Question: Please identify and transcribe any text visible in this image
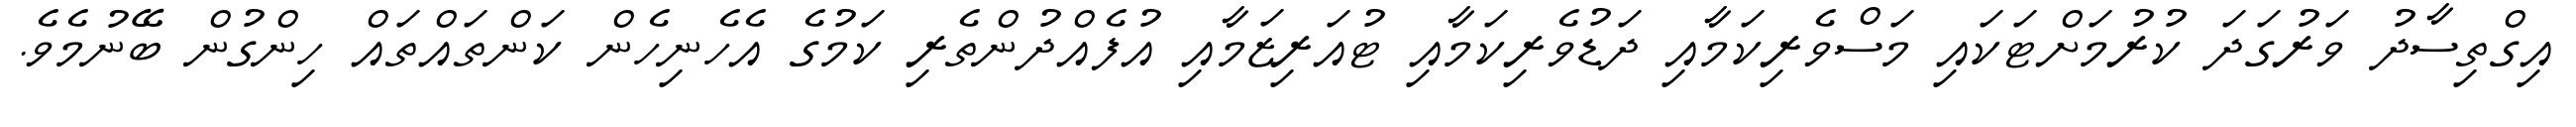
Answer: އިގްތިސާދު ވަރުގަދަ ކުރުމަށްޓަކައި މަސްވެރިކަމާއި ދަޑުވެރިކަމާއި ޓުއަރިޒަމާއި އުފެއްދުންތެރި ކަމުގެ އެހެނިހެން ކަންތައްތައް ހިންގުން ބޭނުމެވެ.